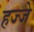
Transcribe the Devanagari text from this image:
हज्जे